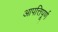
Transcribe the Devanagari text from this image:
आपत्तिपूर्ण